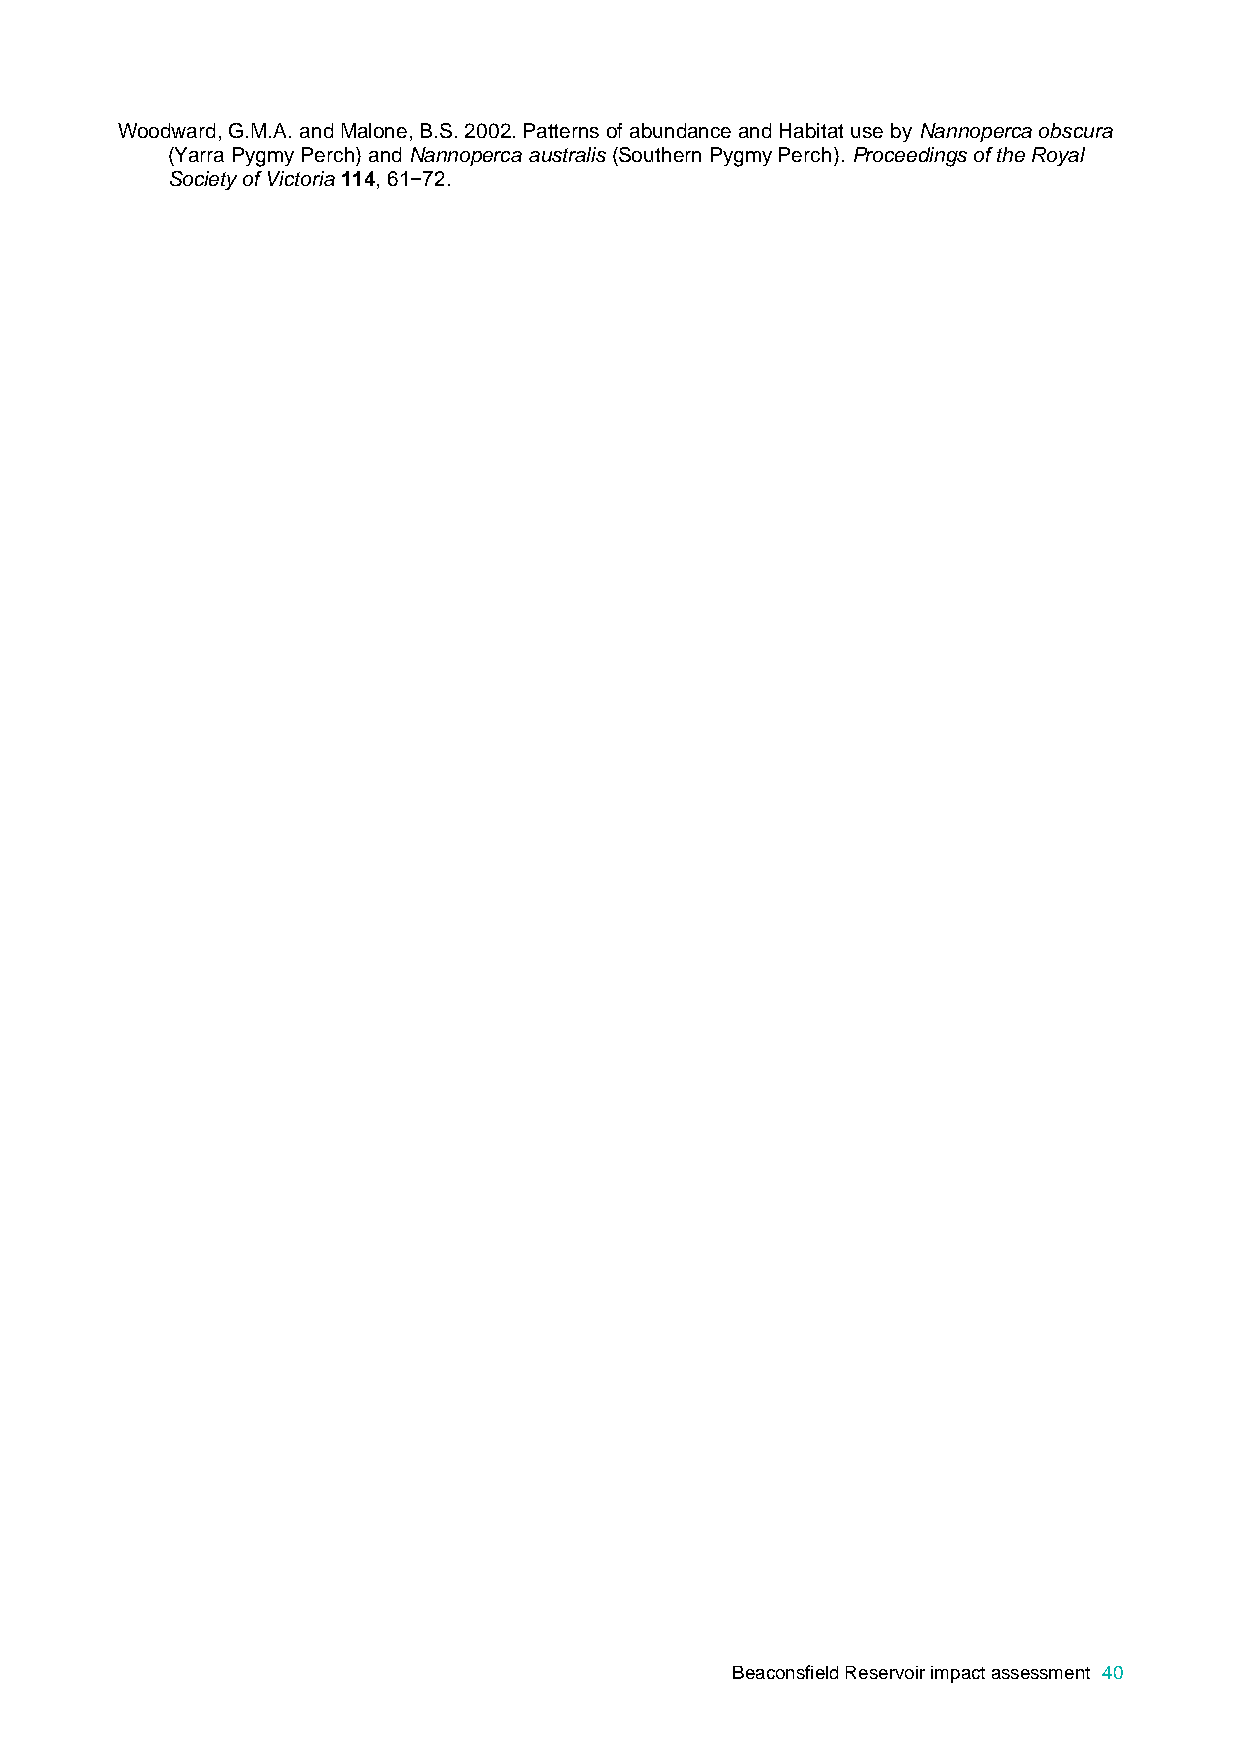
Woodward, G.M.A. and Malone, B.S. 2002. Patterns of abundance and Habitat use by Nannoperca obscura
 (Yarra Pygmy Perch) and Nannoperca australis (Southern Pygmy Perch). Proceedings of the Royal
 Society of Victoria 114, 61−72.
 Beaconsfield Reservoir impact assessment 40